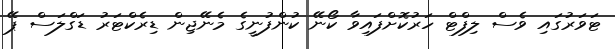
ޓަވަރުގައި ވެސް ލިފްޓް ހަރުކޮށްފައިވާ ކޯނޭ ކުންފުނީގެ މެނޭޖިން ޑިރެކްޓަރު ޑަގްލަސް ޕޭ